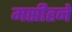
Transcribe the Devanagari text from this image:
मसीहने